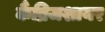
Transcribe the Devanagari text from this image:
कैंब्रिजशायर